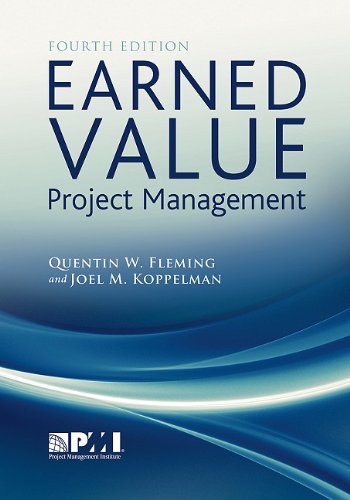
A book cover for Earned Value Project Management; Quentin W. Fleming; Business & Money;